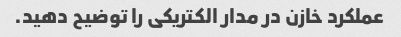
عملکرد خازن در مدار الکتریکی را توضیح دهید.